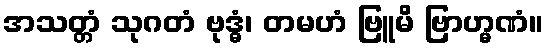
အသတ္တံ သုဂတံ ဗုဒ္ဓံ၊ တမဟံ ဗြူမိ ဗြာဟ္မဏံ။